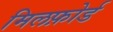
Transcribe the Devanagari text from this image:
मिलफ़ोर्ड